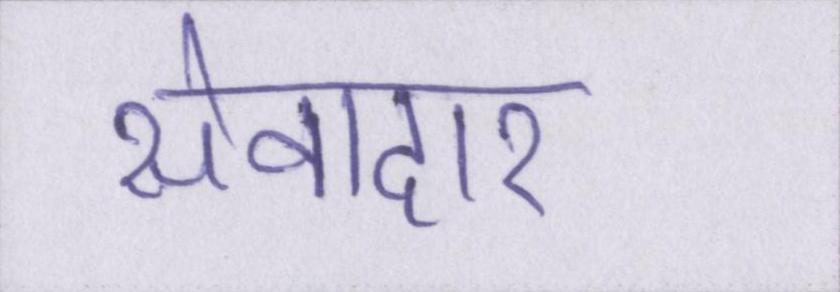
सेवादार